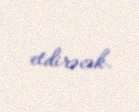
etdirəcək.